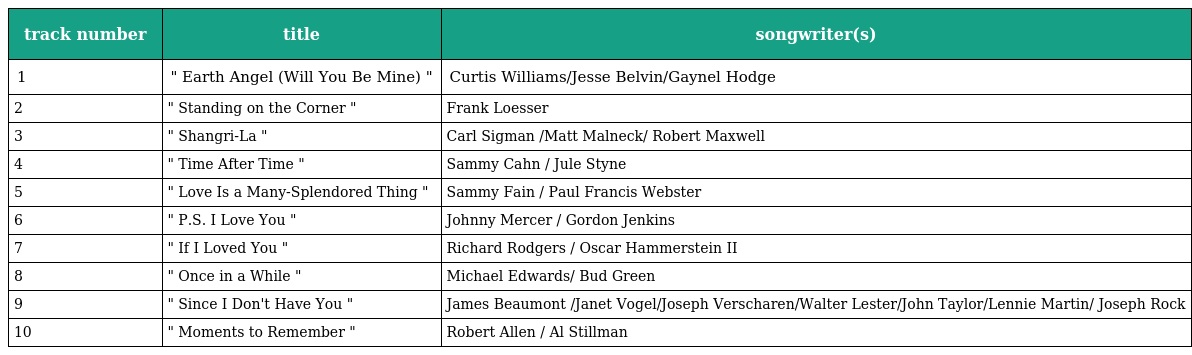
| track number | title | songwriter(s) |
 | --- | --- | --- |
 | 1 | " Earth Angel (Will You Be Mine) " | Curtis Williams/Jesse Belvin/Gaynel Hodge |
 | 2 | " Standing on the Corner " | Frank Loesser |
 | 3 | " Shangri-La " | Carl Sigman /Matt Malneck/ Robert Maxwell |
 | 4 | " Time After Time " | Sammy Cahn / Jule Styne |
 | 5 | " Love Is a Many-Splendored Thing " | Sammy Fain / Paul Francis Webster |
 | 6 | " P.S. I Love You " | Johnny Mercer / Gordon Jenkins |
 | 7 | " If I Loved You " | Richard Rodgers / Oscar Hammerstein II |
 | 8 | " Once in a While " | Michael Edwards/ Bud Green |
 | 9 | " Since I Don't Have You " | James Beaumont /Janet Vogel/Joseph Verscharen/Walter Lester/John Taylor/Lennie Martin/ Joseph Rock |
 | 10 | " Moments to Remember " | Robert Allen / Al Stillman |